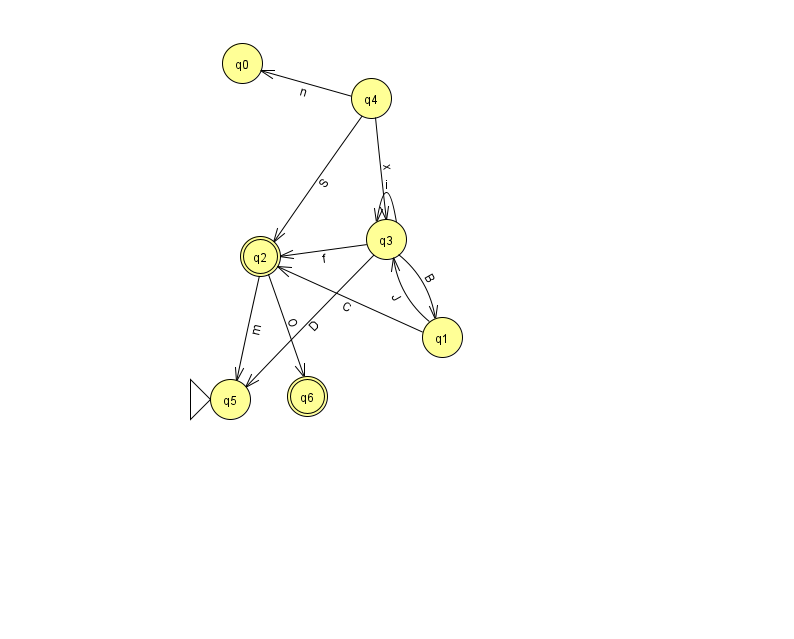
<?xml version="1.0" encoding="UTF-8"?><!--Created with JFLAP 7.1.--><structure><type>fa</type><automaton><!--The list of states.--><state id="0" name="q0"><x>242.0</x><y>50.0</y></state><state id="1" name="q1"><x>442.0</x><y>324.0</y></state><state id="2" name="q2"><x>260.0</x><y>243.0</y><final/></state><state id="3" name="q3"><x>386.0</x><y>226.0</y></state><state id="4" name="q4"><x>371.0</x><y>85.0</y></state><state id="5" name="q5"><x>230.0</x><y>386.0</y><initial/></state><state id="6" name="q6"><x>307.0</x><y>383.0</y><final/></state><!--The list of transitions.--><transition><from>2</from><to>5</to><read>m</read></transition><transition><from>3</from><to>5</to><read>D</read></transition><transition><from>3</from><to>1</to><read>B</read></transition><transition><from>4</from><to>0</to><read>n</read></transition><transition><from>4</from><to>3</to><read>x</read></transition><transition><from>1</from><to>2</to><read>C</read></transition><transition><from>1</from><to>3</to><read>J</read></transition><transition><from>3</from><to>3</to><read>i</read></transition><transition><from>2</from><to>6</to><read>O</read></transition><transition><from>4</from><to>2</to><read>S</read></transition><transition><from>3</from><to>2</to><read>f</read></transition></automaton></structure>